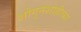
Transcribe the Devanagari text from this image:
शोगुनशाहीच्या